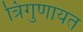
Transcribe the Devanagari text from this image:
त्रिगुणायत